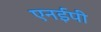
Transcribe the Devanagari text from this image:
एनईपी